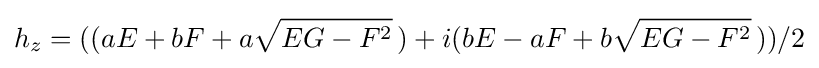
\displaystyle h_{z}=((aE+bF+a{\sqrt {EG-F^{2}}}\,)+i(bE-aF+b{\sqrt {EG-F^{2}}}\,))/2